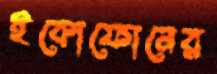
ইকোফোনের